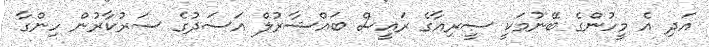
އަދި އެ މީހުންގެ ބޭނުމަކީ ސީރިއާގެ ރައީސް ބައްޝާރުލް އަސަދުގެ ސަރުކާރުން ހިންގާ